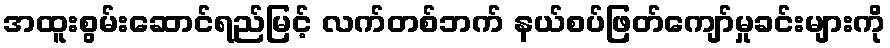
အထူးစွမ်းဆောင်ရည်မြင့် လက်တစ်ဘက် နယ်စပ်ဖြတ်ကျော်မှုခင်းများကို